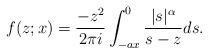
LaTeX: \begin{align*}f(z;x) = \frac{-z^2}{2\pi i} \int_{-ax}^{0} \frac{|s|^{\alpha}}{s-z}ds.\end{align*}